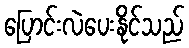
ပြောင်းလဲပေးနိုင်သည်